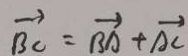
\overrightarrow { B C } = \overrightarrow { B A } + \overrightarrow { A C }